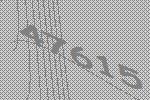
47615